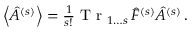
\begin{array} { r } { \left\langle \hat { A } ^ { ( s ) } \right\rangle = \frac { 1 } { s ! } \mathrm { ~ T ~ r ~ } _ { 1 \dots s } \, \hat { F } ^ { ( s ) } \hat { A } ^ { ( s ) } \, . } \end{array}